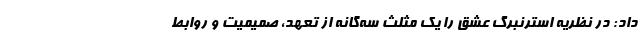
داد: در نظریه استرنبرگ عشق را یک مثلث سه‌گانه از تعهد، صمیمیت و روابط